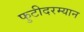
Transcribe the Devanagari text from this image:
फुटीदरम्यान